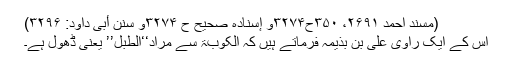
(مسند احمد ۲۶۹۱، ۳۵۰ح۳۲۷۴و إسنادہ صحیح ح ۳۲۷۴و سنن أبی داود: ۳۲۹۶)
اس کے ایک راوی علی بن بذیمہ فرماتے ہیں کہ الکوبۃ سے مراد‘‘الطبل’’ یعنی ڈھول ہے۔